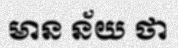
មាន ន័យ ថា